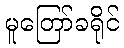
မူတြော်ခရိုင်